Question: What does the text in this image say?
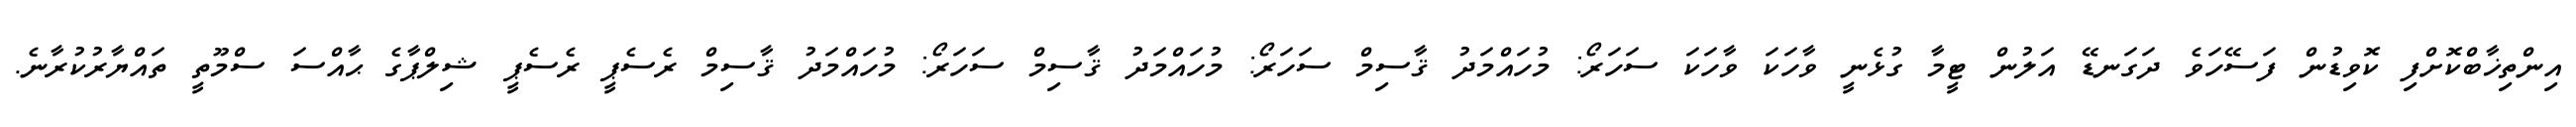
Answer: އިންތިޚާބްކޮށްފި ކޮވިޑުން ފަސޭހަވެ ދަގަނޑޭ އަލުން ޓީމާ ގުޅެނީ ވާހަކަ ވާހަކަ ސަހަރޯ: މުހައްމަދު ޤާސިމް ސަހަރޯ: މުހައްމަދު ޤާސިމް ސަހަރޯ: މުހައްމަދު ޤާސިމް ރެސެޕީ ރެސެޕީ ޝިލްޕާގެ ޙާއްސަ ސްމޫތީ ތައްޔާރުކުރާނެ.